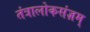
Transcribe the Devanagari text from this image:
तंत्रालोकसंज्ञम्